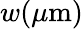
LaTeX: w(\mu\mathrm{m})